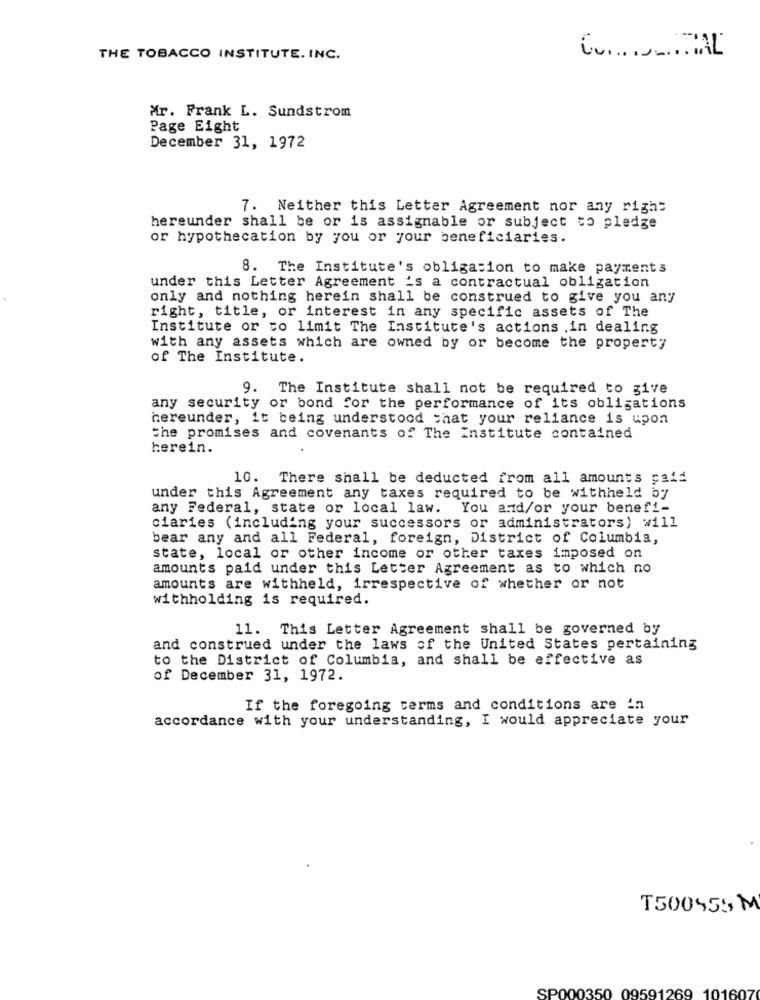
THE TOBACCO INSTITUTE. INC.
Mr. Frank L. Sundstrom
Page Eight
December 31, 1972
7. Neither this Letter Agreement nor any right
hereunder shall be or is assignable or subject to pledge
or hypothecation by you or your beneficiaries.
8. The Institute's obligation to make payments
under this Letter Agreement 's a contractual obligation
only and nothing herein shall be construed to give you any
right, title, or interest in any specific assets of The
Institute or to limit The Institute's actions ,in dealing
with any assets which are owned by or become the property
of The Institute.
9. The Institute shall not be required to give
any security or bond for the performance of its obligations
hereunder, it being understood that your reliance is upon
the promises and covenants of The Institute contained
herein.
10. There shall be deducted from all amounts paid
under this Agreement any taxes required to be withheld by
any Federal, state or local law. You and/or your benefi-
ciaries (including your successors or administrators) will
bear any and all Federal, foreign, District of Columbia,
state, local or other income or other taxes imposed on
amounts paid under this Letter Agreement as to which no
amounts are withheld, irrespective of whether or not
withholding is required.
11. This Letter Agreement shall be governed by
and construed under the laws of the United States pertaining
to the District of Columbia, and shall be effective as
of December 31, 1972.
If the foregoing terms and conditions are in
accordance with your understanding, I would appreciate your
T500555 M
SP000350 09591269 101607